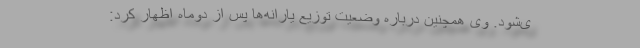
ی‌شود. وی همچنین درباره وضعیت توزیع یارانه‌ها پس از دوماه اظهار کرد: